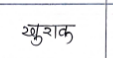
मजकूर: खुराक